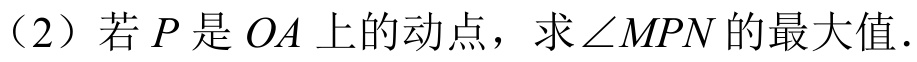
（2）若 \(P\) 是 \(OA\) 上的动点，求 \(\angle MPN\) 的最大值.